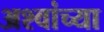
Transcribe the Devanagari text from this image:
अश्वांच्या